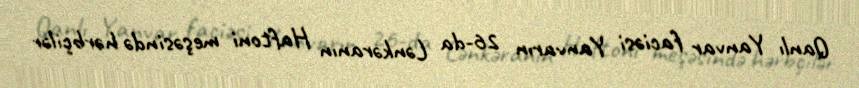
Qanlı Yanvar faciəsi Yanvarın 26-da Lənkəranın Haftoni meşəsində hərbçilər